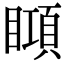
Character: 䁰